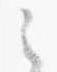
之